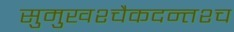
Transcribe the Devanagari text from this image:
सुमुखश्चैकदन्तश्च